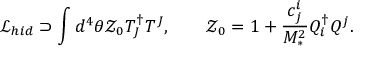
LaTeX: { \mathcal L } _ { h i d } \supset \int d ^ { 4 } \theta { \mathcal Z } _ { 0 } T _ { J } ^ { \dag } T ^ { J } , \qquad { \mathcal Z } _ { 0 } = 1 + \frac { c _ { j } ^ { i } } { M _ { * } ^ { 2 } } Q _ { i } ^ { \dag } Q ^ { j } .